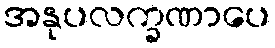
အနုပလက္ခဏာပေ